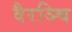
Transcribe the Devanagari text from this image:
वैरञ्चि